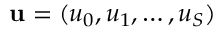
{ \bf u } = ( u _ { 0 } , u _ { 1 } , \dots , u _ { S } )